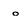
Character: o